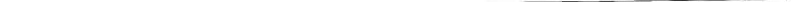
___